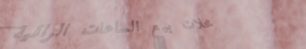
محلات بيع الساعات الراقية